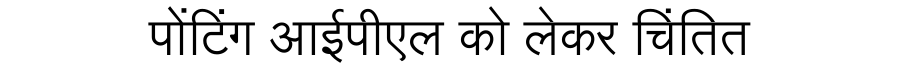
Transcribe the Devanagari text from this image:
पोंटिंग आईपीएल को लेकर चिंतित